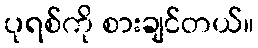
ပုရစ်ကို စားချင်တယ်။